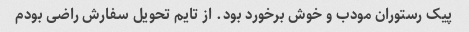
پیک رستوران مودب و خوش برخورد بود. از تایم تحویل سفارش راضی بودم